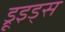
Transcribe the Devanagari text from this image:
ड्रूइड्स